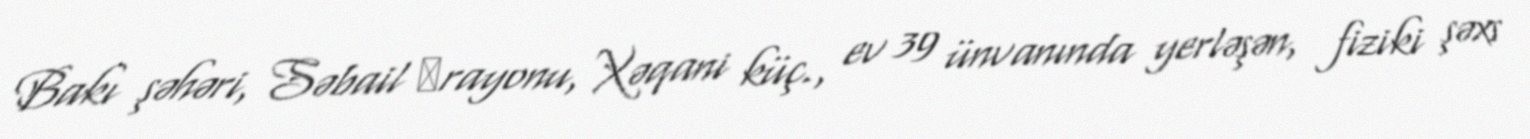
Bakı şəhəri, Səbail ‎rayonu, Xəqani küç., ev 39 ünvanında yerləşən, fiziki şəxs